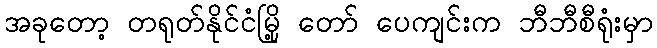
အခုတော့ တရုတ်နိုင်ငံမြို့ တော် ပေကျင်းက ဘီဘီစီရုံးမှာ